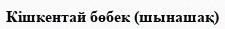
Кiшкентай бөбек (шынашақ)